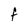
Character: F